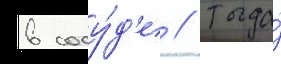
в сосу́д'е / тогда́